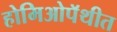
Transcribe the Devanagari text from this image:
होमिओपॅथीत